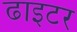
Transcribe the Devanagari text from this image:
ढाइटर